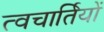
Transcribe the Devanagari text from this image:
त्वचार्तियों